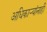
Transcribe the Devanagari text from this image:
अधिकार्‍यांनाही